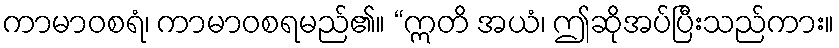
ကာမာဝစရံ၊ ကာမာဝစရမည်၏။ “ဣတိ အယံ၊ ဤဆိုအပ်ပြီးသည်ကား။